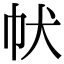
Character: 𤜧